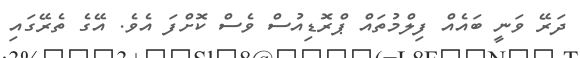
ދަރޭ ވަނީ ބައެއް ފިލްމުތައް ޕްރޮޑިއުސް ވެސް ކޮށްފަ އެވެ. އޭގެ ތެރޭގައި